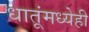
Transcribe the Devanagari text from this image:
धातूंमध्येही